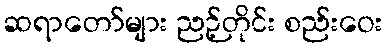
ဆရာတော်များ ညဉ့်တိုင်း စည်းဝေး